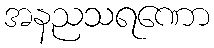
အနညသရဏော